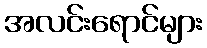
အလင်းရောင်များ